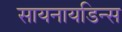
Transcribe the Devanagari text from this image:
सायनायडिन्स